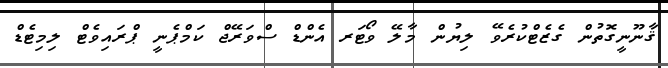
ޤާނޫނީގޮތުން ގެޒެޓްކުރެވޭ ލިޔުން މާލޭ ވޯޓަރ އެންޑް ސްވަރޭޖް ކަމްޕެނީ ޕްރައިވެޓް ލިމިޓެޑް